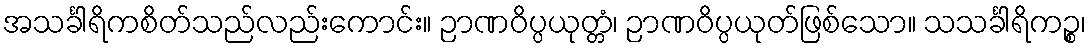
အသင်္ခါရိကစိတ်သည်လည်းကောင်း။ ဉာဏဝိပ္ပယုတ္တံ၊ ဉာဏဝိပ္ပယုတ်ဖြစ်သော။ သသင်္ခါရိကဉ္စ၊